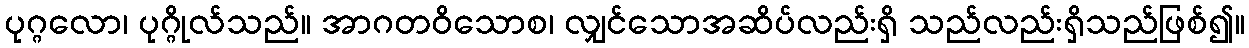
ပုဂ္ဂလော၊ ပုဂ္ဂိုလ်သည်။ အာဂတဝိသောစ၊ လျှင်သောအဆိပ်လည်းရှိ သည်လည်းရှိသည်ဖြစ်၍။